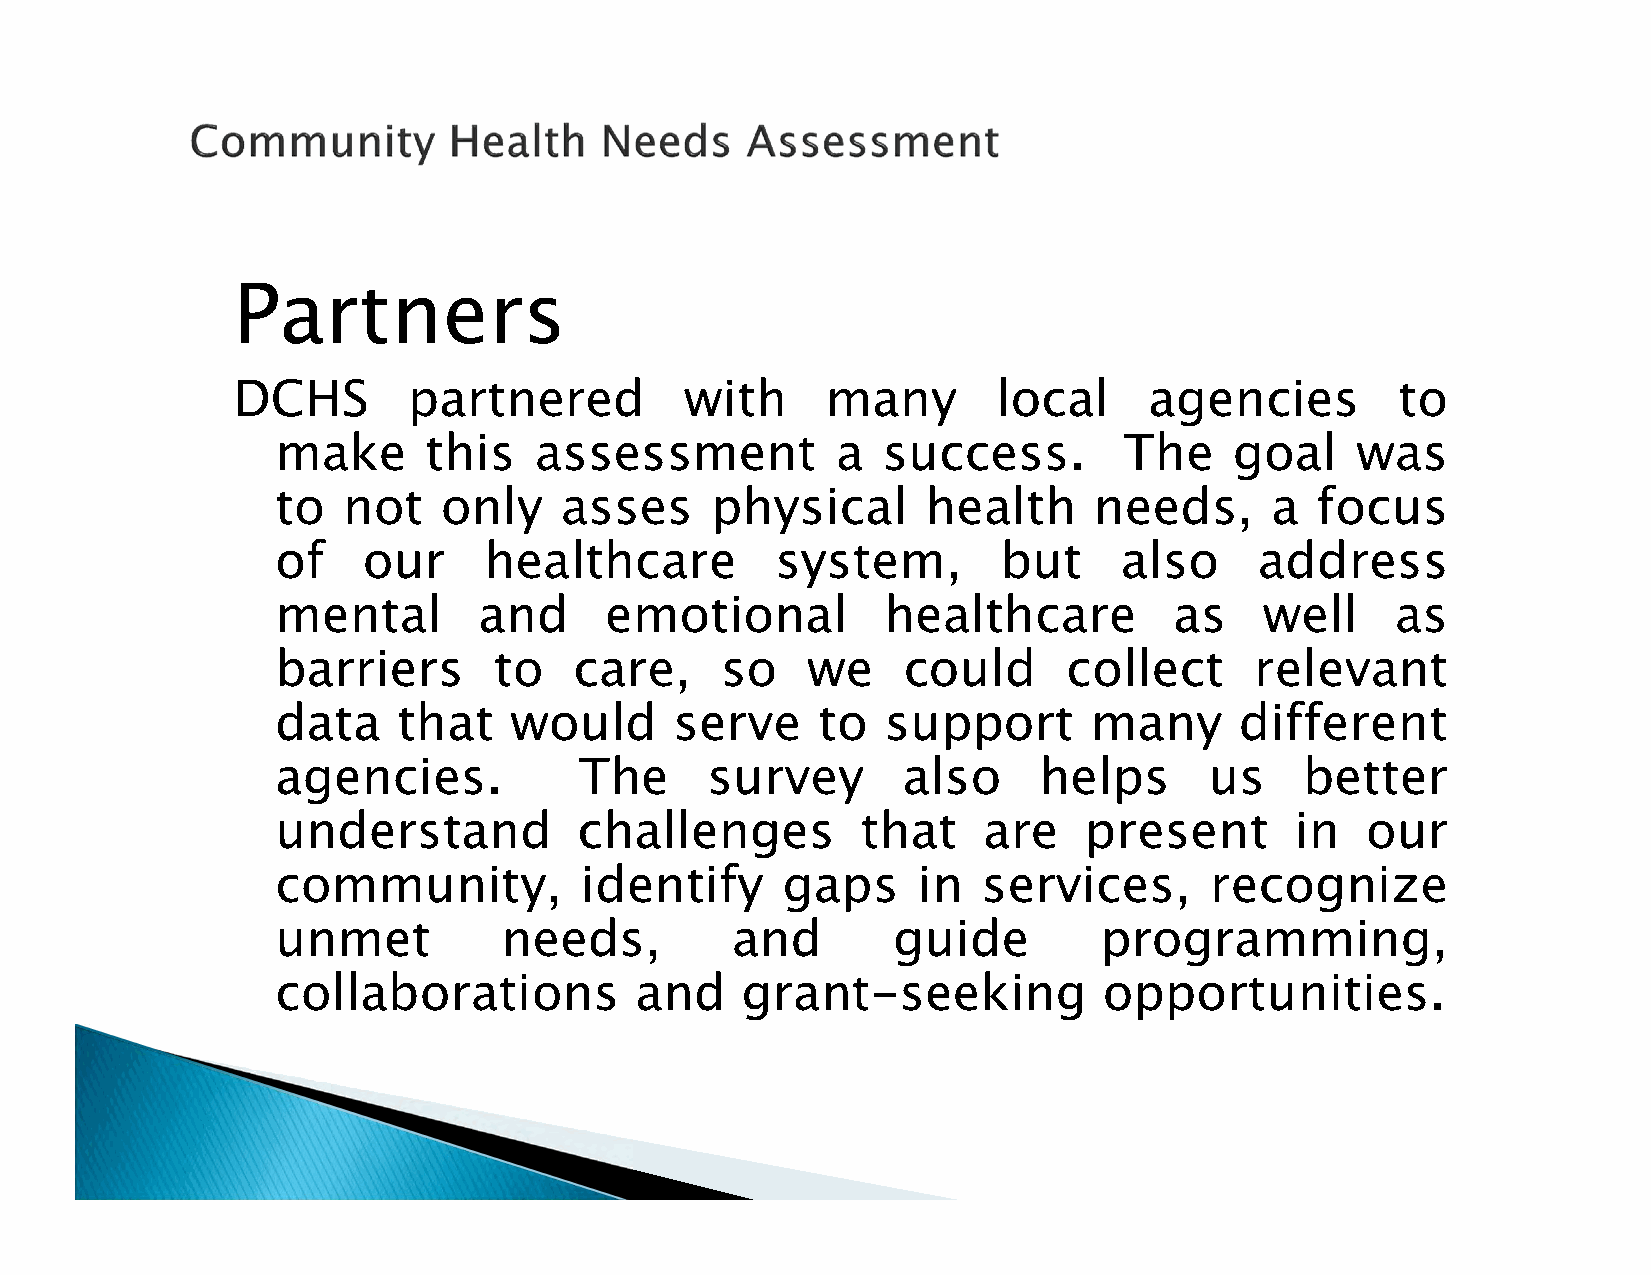
Partners
 DCHS        partnered         with      many       local     agencies         to
 make      this   assessment          a  success.        The     goal    was
 to   not   only    asses     physical      health     needs,      a  focus
 of    our     healthcare         system,        but     also     address
 mental        and     emotional         healthcare          as    well    as
 barriers       to   care,     so   we     could      collect     relevant
 data    that    would      serve    to   support      many      different
 agencies.           The      survey       also     helps      us    better
 understand          challenges         that    are    present       in  our
 community,          identify      gaps     in  services,      recognize
 unmet          needs,         and        guide         programming,
 collaborations          and    grant-seeking           opportunities.